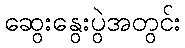
ဆွေးနွေးပွဲအတွင်း